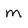
Character: m